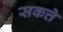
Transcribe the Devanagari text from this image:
सकत्ते